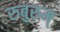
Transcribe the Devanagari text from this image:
रुबुरुम्